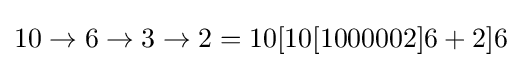
10\to 6\to 3\to 2=10[10[1000002]6+2]6